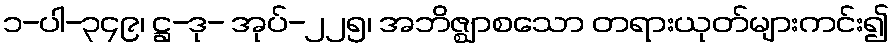
၁-ပါ-၃၄၉၊ ဋ္ဌ-ဒု- အုပ်-၂၂၅၊ အဘိဇ္ဈာစသော တရားယုတ်များကင်း၍